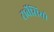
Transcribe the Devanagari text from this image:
टार्वेसियो